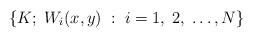
LaTeX: \begin{align*} \{K;\; W_{i}(x,y)\; : \; i=1, \; 2, \; \dotsc, N\} \; \end{align*}